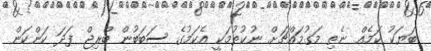
ބަޔަކު ކަމެއް ނެތި މަގުމައްޗަށް ނުކުތުމަކީ އެކަމުގެ ސަބަބުން ބްރިޖް ފަދަ ކަންކަން